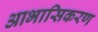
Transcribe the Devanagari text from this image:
आभासिकरण